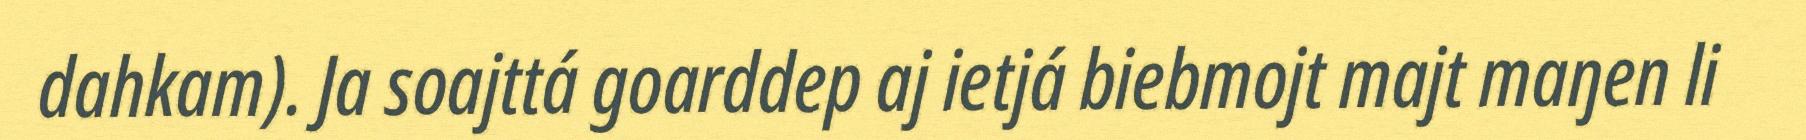
dahkam). Ja soajttá goarddep aj ietjá biebmojt majt maŋen li